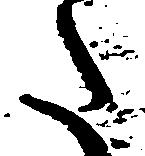
た